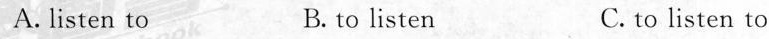
A.listen to B.to listen C.to listen to